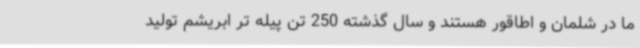
ما در شلمان و اطاقور هستند و سال گذشته 250 تن پیله تر ابریشم تولید